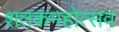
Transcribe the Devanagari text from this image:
शतकमहोत्सव